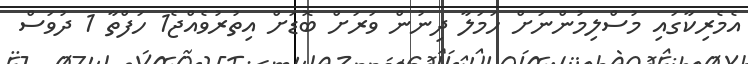
އެމެރިކާގައި މުސްލިމުންނަށް ހަމަލާ ދިނުން ވަރަށް ބޮޑަށް އިތުރުވެއްޖެ1 ހަފްތާ 1 ދުވަސް